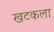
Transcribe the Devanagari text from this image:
खटकला